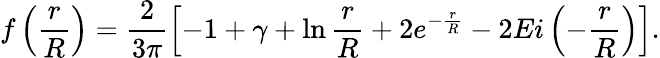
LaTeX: f\left(\frac{r}{R}\right)=\frac{2}{3\pi}\left[-1+\gamma+\ln\frac{r}{R}+2e^{-\frac{r}{R}}-2Ei\left(-\frac{r}{R}\right)\right].